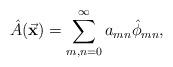
LaTeX: \begin{align*}\hat A (\vec {\bf x}) = \sum_{m,n=0}^\infty a_{mn} \hat \phi_{mn} ,\end{align*}